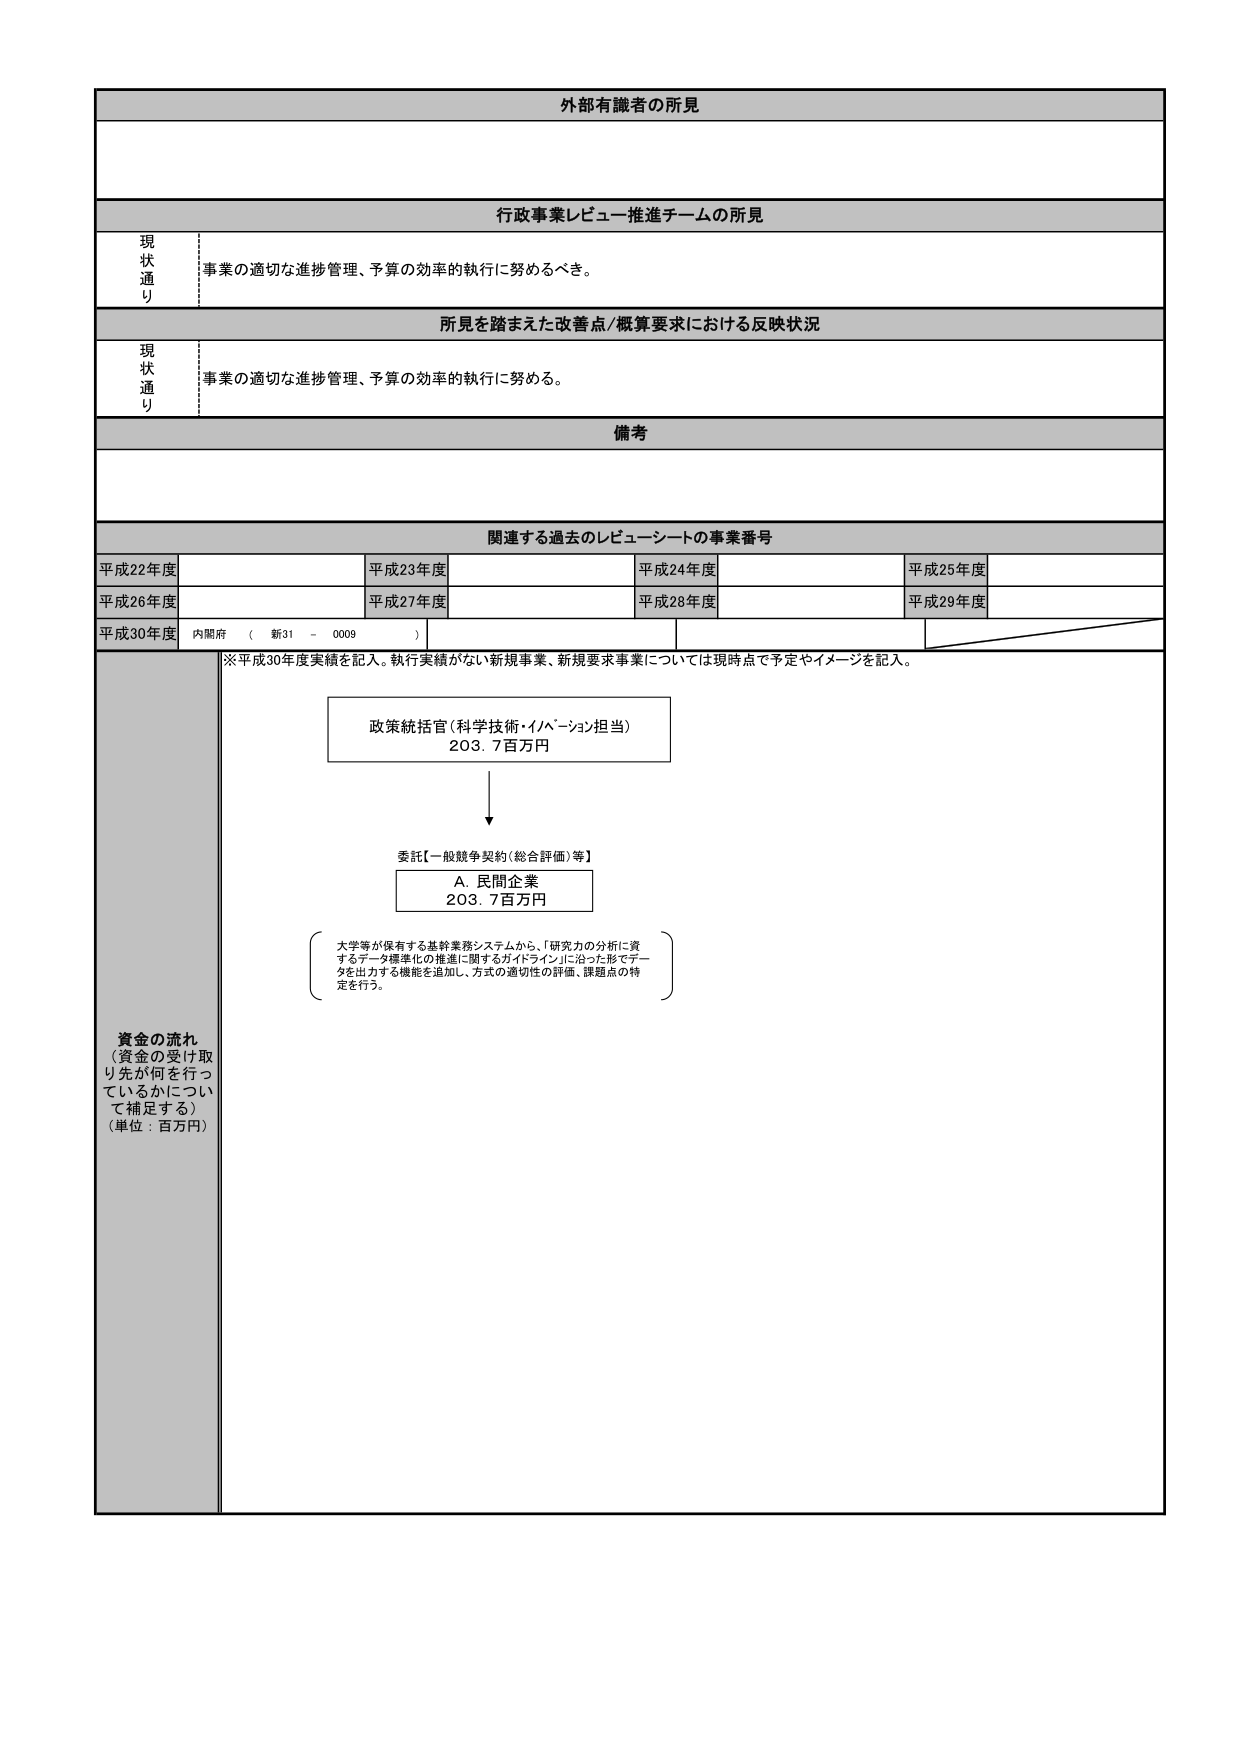
外部有識者の所見

行政事業レビュー推進チームの所見
現状通り
事業の適切な進捗管理、予算の効率的執行に努めるべき。

所見を踏まえた改善点/概算要求における反映状況
現状通り
事業の適切な進捗管理、予算の効率的執行に努める。

備考

関連する過去のレビューシートの事業番号
平成22年度
平成23年度
平成24年度
平成25年度
平成26年度
平成27年度
平成28年度
平成29年度
平成30年度
内閣府（新31 - 0009）

※平成30年度実績を記入。執行実績がない新規事業、新規要求事業については現時点で予定やイメージを記入。

政策統括官（科学技術・イノベーション担当）
203.7百万円
↓
委託【一般競争契約（総合評価）等】
A. 民間企業
203.7百万円

（大学等が保有する基幹業務システムから、「研究力の分析に資するデータ標準化の推進に関するガイドライン」に沿った形でデータを出力する機能を追加し、方式の適切性の評価、課題点の特定を行う。）

資金の流れ
（資金の受け取り先が何を行っているかについて補足する）
（単位：百万円）